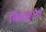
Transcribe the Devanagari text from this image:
ब्लित्झला